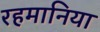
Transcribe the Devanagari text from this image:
रहमानिया